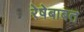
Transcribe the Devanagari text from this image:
रेषेबाबत